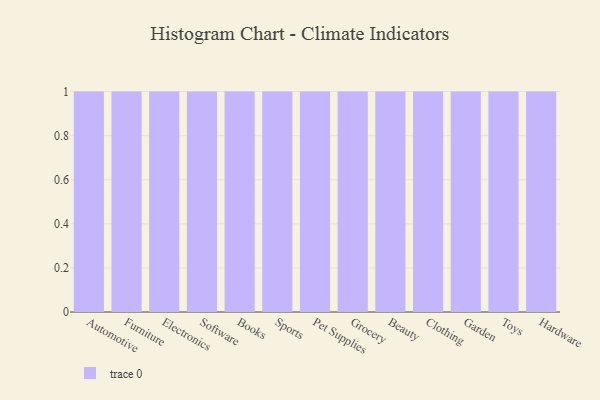
{"axis": {"x": "Category", "y": "Shipments"}, "legend": [""], "data": [{"x": "Automotive", "y": 26, "type": ""}, {"x": "Furniture", "y": 1, "type": ""}, {"x": "Electronics", "y": 81, "type": ""}, {"x": "Software", "y": 98, "type": ""}, {"x": "Books", "y": 53, "type": ""}, {"x": "Sports", "y": 74, "type": ""}, {"x": "Pet Supplies", "y": 20, "type": ""}, {"x": "Grocery", "y": 94, "type": ""}, {"x": "Beauty", "y": 8, "type": ""}, {"x": "Clothing", "y": 62, "type": ""}, {"x": "Garden", "y": 69, "type": ""}, {"x": "Toys", "y": 42, "type": ""}, {"x": "Hardware", "y": 30, "type": ""}]}